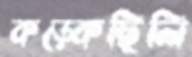
কড়্‌কেছিলি